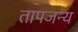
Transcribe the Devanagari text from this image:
तापजन्य